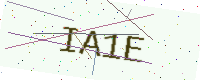
Text: IA1E